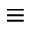
\equiv